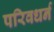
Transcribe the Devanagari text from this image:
परिवधर्न